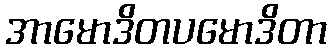
အာမောဒိတပမောဒိတာ